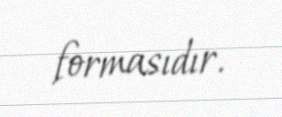
formasıdır.